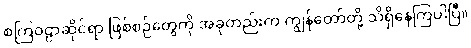
စကြဝဠာဆိုင်ရာ ဖြစ်စဉ်တွေကို အခုတည်းက ကျွန်တော်တို့ သိရှိနေကြပါပြီ။